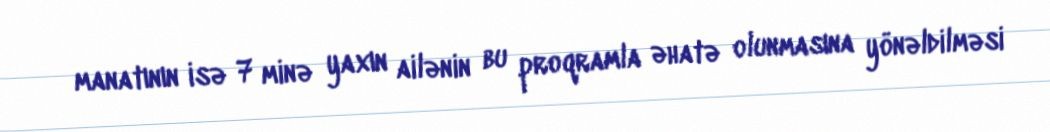
manatının isə 7 minə yaxın ailənin bu proqramla əhatə olunmasına yönəldilməsi